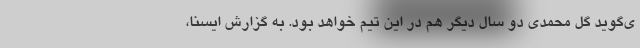
ی‌گوید گل محمدی دو سال دیگر هم در این تیم خواهد بود. به گزارش ایسنا،